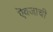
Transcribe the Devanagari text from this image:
ऎवजाची